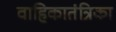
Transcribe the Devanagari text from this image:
वाहिकातंत्रिका